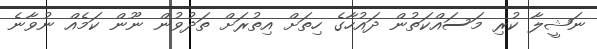
ނަޝީލާ ކުރި މަސައްކަތުން ދައުހާގެ ހިތަށް އިތުރަށް ތަދުވުން ނޫން ކަމެއް ނުވާނެ